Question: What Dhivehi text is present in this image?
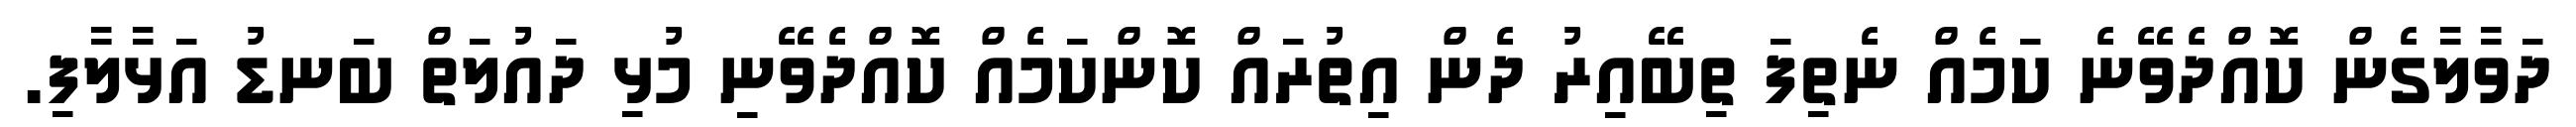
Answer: ދަވާލާގެން ކޮއްދެވޭނެ ކަމެއް ނެތިފަ ތިބޭއިރު ދެން އިތުރައް ކޮންކަމެއް ކޮއްދެވޭނި މުޅި ދައުލަތް ބަނޑު އަޅާލާފި.